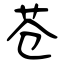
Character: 苍